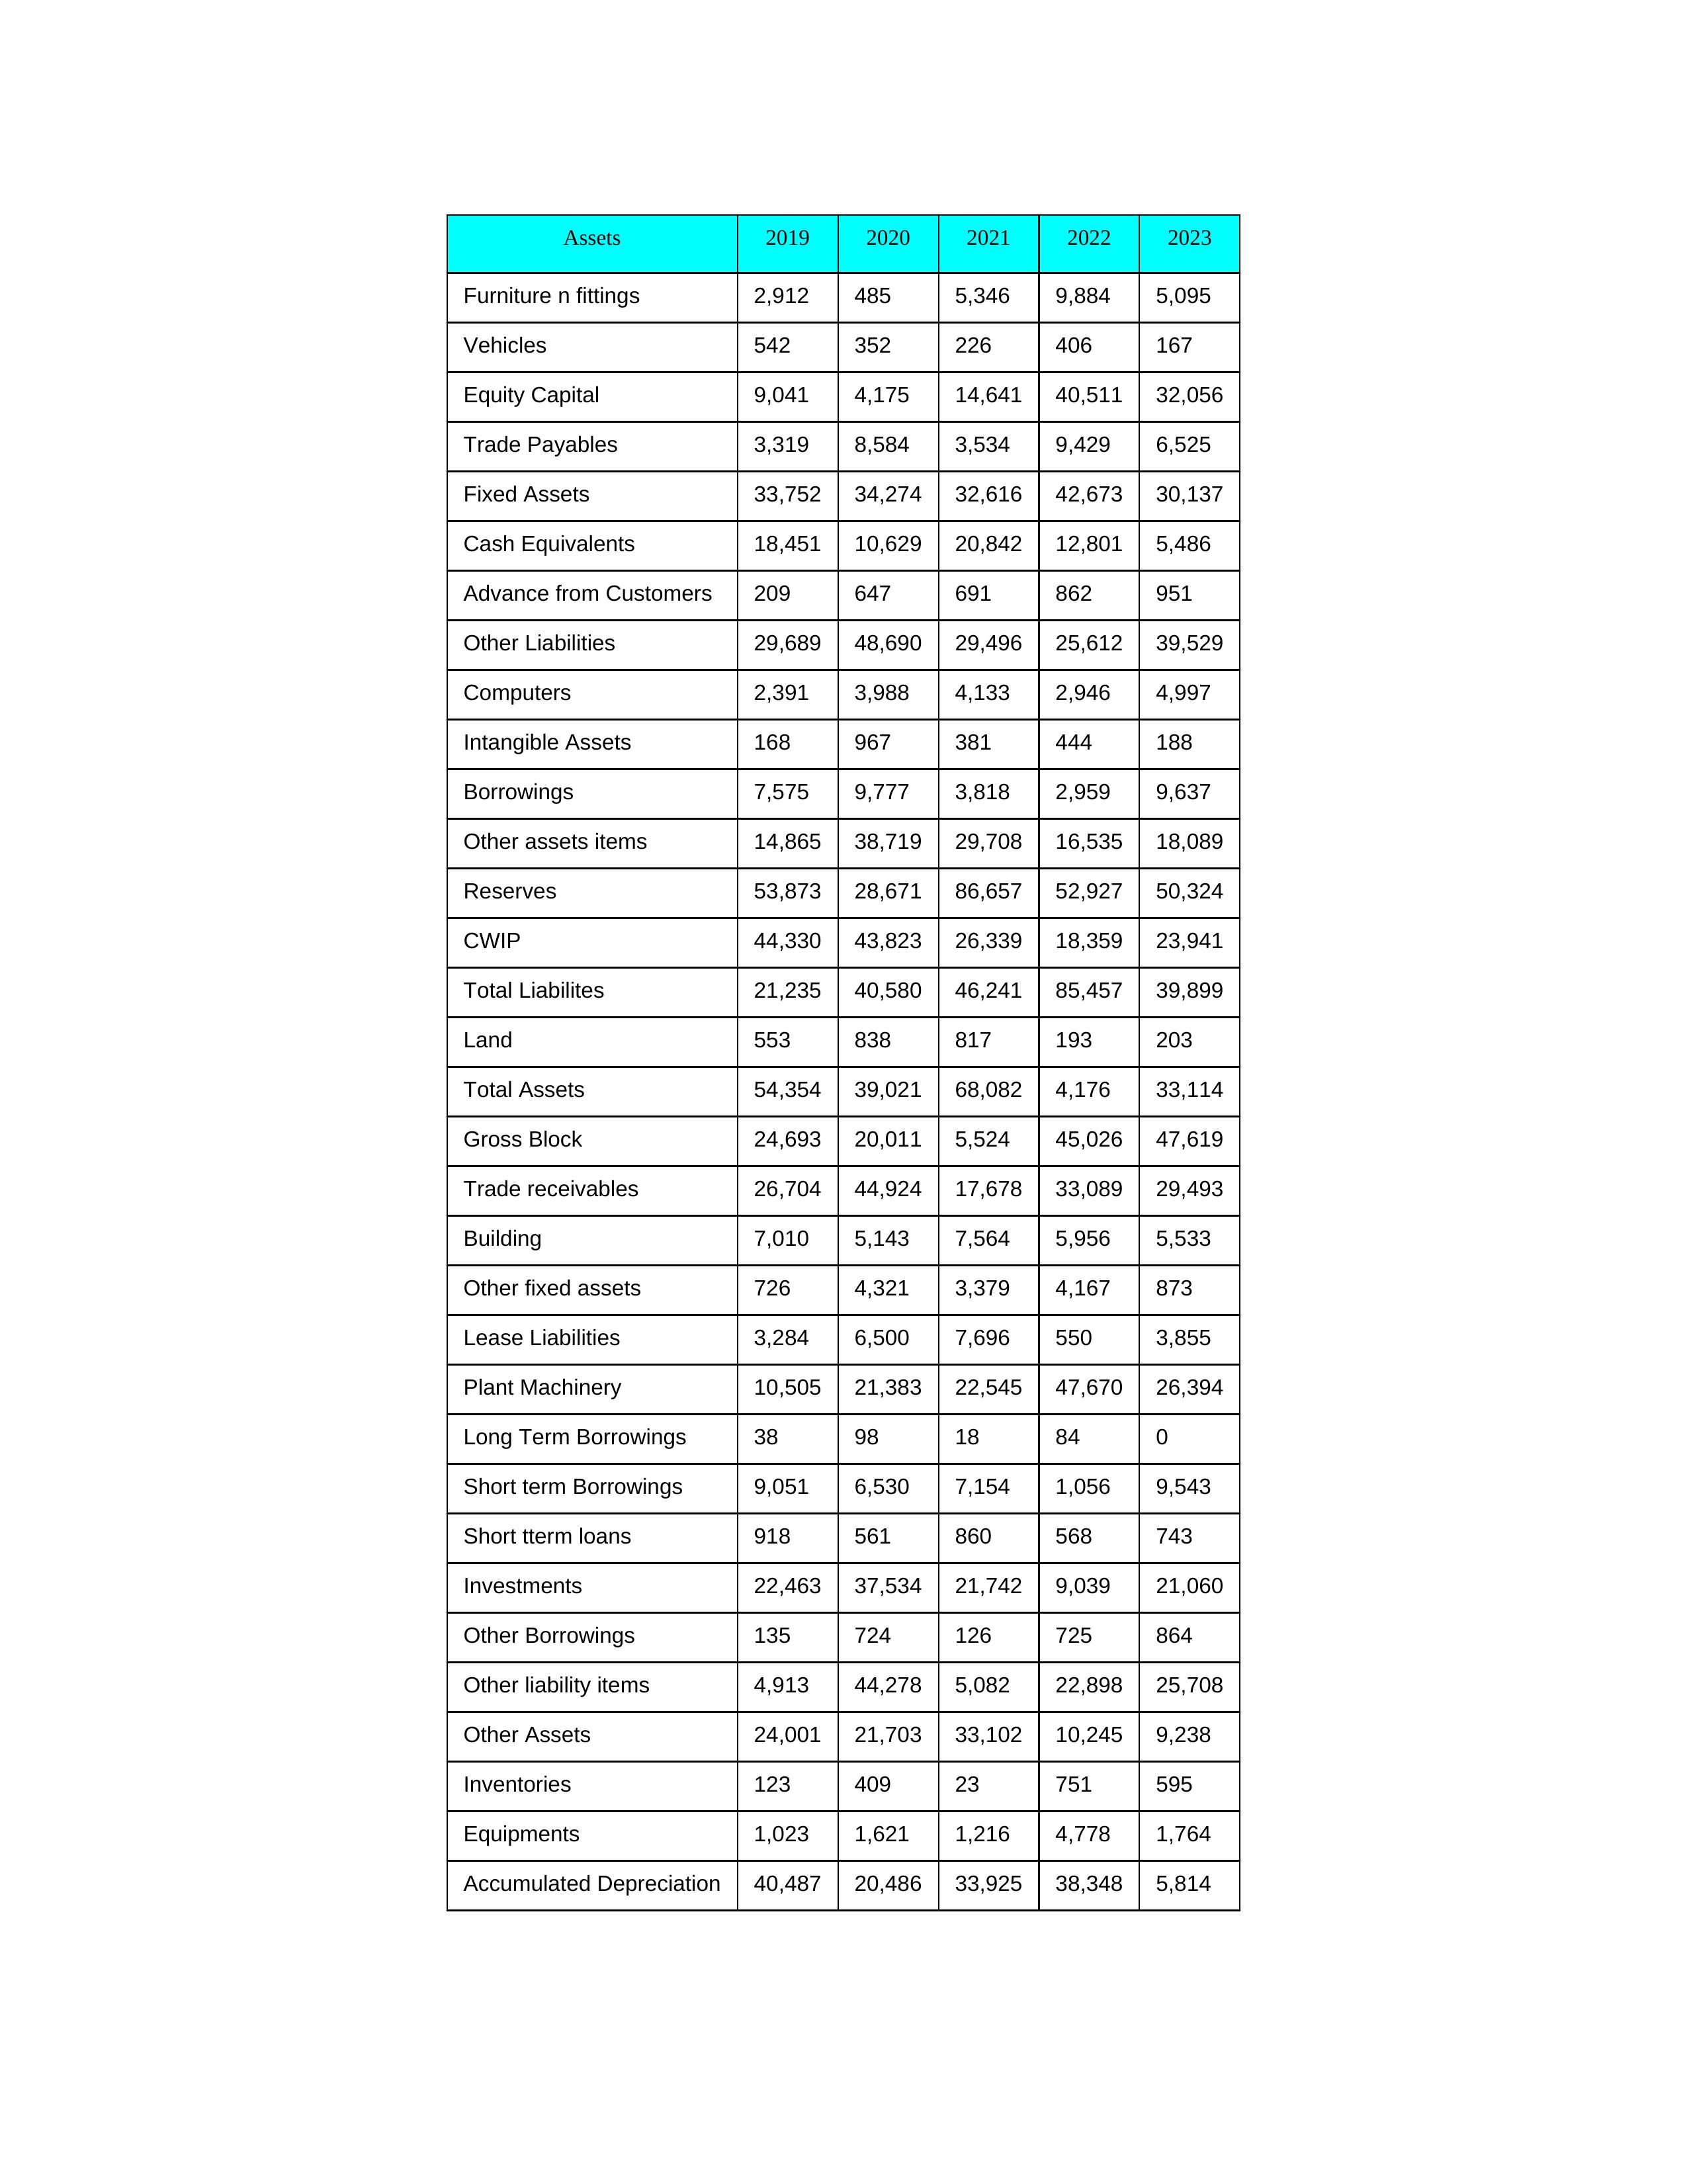
gt_parse: 2019: Equity Capital: 9,041
Reserves: 53,873
Borrowings: 7,575
Long Term Borrowings: 38
Short term Borrowings: 9,051
Lease Liabilities: 3,284
Other Borrowings: 135
Other Liabilities: 29,689
Trade Payables: 3,319
Advance from Customers: 209
Other liability items: 4,913
Total Liabilites: 21,235
Fixed Assets: 33,752
Land: 553
Building: 7,010
Plant Machinery: 10,505
Equipments: 1,023
Computers: 2,391
Furniture n fittings: 2,912
Vehicles: 542
Intangible Assets: 168
Other fixed assets: 726
Gross Block: 24,693
Accumulated Depreciation: 40,487
CWIP: 44,330
Investments: 22,463
Other Assets: 24,001
Inventories: 123
Trade receivables: 26,704
Cash Equivalents: 18,451
Short tterm loans: 918
Other assets items: 14,865
Total Assets: 54,354
2020: Equity Capital: 4,175
Reserves: 28,671
Borrowings: 9,777
Long Term Borrowings: 98
Short term Borrowings: 6,530
Lease Liabilities: 6,500
Other Borrowings: 724
Other Liabilities: 48,690
Trade Payables: 8,584
Advance from Customers: 647
Other liability items: 44,278
Total Liabilites: 40,580
Fixed Assets: 34,274
Land: 838
Building: 5,143
Plant Machinery: 21,383
Equipments: 1,621
Computers: 3,988
Furniture n fittings: 485
Vehicles: 352
Intangible Assets: 967
Other fixed assets: 4,321
Gross Block: 20,011
Accumulated Depreciation: 20,486
CWIP: 43,823
Investments: 37,534
Other Assets: 21,703
Inventories: 409
Trade receivables: 44,924
Cash Equivalents: 10,629
Short tterm loans: 561
Other assets items: 38,719
Total Assets: 39,021
2021: Equity Capital: 14,641
Reserves: 86,657
Borrowings: 3,818
Long Term Borrowings: 18
Short term Borrowings: 7,154
Lease Liabilities: 7,696
Other Borrowings: 126
Other Liabilities: 29,496
Trade Payables: 3,534
Advance from Customers: 691
Other liability items: 5,082
Total Liabilites: 46,241
Fixed Assets: 32,616
Land: 817
Building: 7,564
Plant Machinery: 22,545
Equipments: 1,216
Computers: 4,133
Furniture n fittings: 5,346
Vehicles: 226
Intangible Assets: 381
Other fixed assets: 3,379
Gross Block: 5,524
Accumulated Depreciation: 33,925
CWIP: 26,339
Investments: 21,742
Other Assets: 33,102
Inventories: 23
Trade receivables: 17,678
Cash Equivalents: 20,842
Short tterm loans: 860
Other assets items: 29,708
Total Assets: 68,082
2022: Equity Capital: 40,511
Reserves: 52,927
Borrowings: 2,959
Long Term Borrowings: 84
Short term Borrowings: 1,056
Lease Liabilities: 550
Other Borrowings: 725
Other Liabilities: 25,612
Trade Payables: 9,429
Advance from Customers: 862
Other liability items: 22,898
Total Liabilites: 85,457
Fixed Assets: 42,673
Land: 193
Building: 5,956
Plant Machinery: 47,670
Equipments: 4,778
Computers: 2,946
Furniture n fittings: 9,884
Vehicles: 406
Intangible Assets: 444
Other fixed assets: 4,167
Gross Block: 45,026
Accumulated Depreciation: 38,348
CWIP: 18,359
Investments: 9,039
Other Assets: 10,245
Inventories: 751
Trade receivables: 33,089
Cash Equivalents: 12,801
Short tterm loans: 568
Other assets items: 16,535
Total Assets: 4,176
2023: Equity Capital: 32,056
Reserves: 50,324
Borrowings: 9,637
Long Term Borrowings: 0
Short term Borrowings: 9,543
Lease Liabilities: 3,855
Other Borrowings: 864
Other Liabilities: 39,529
Trade Payables: 6,525
Advance from Customers: 951
Other liability items: 25,708
Total Liabilites: 39,899
Fixed Assets: 30,137
Land: 203
Building: 5,533
Plant Machinery: 26,394
Equipments: 1,764
Computers: 4,997
Furniture n fittings: 5,095
Vehicles: 167
Intangible Assets: 188
Other fixed assets: 873
Gross Block: 47,619
Accumulated Depreciation: 5,814
CWIP: 23,941
Investments: 21,060
Other Assets: 9,238
Inventories: 595
Trade receivables: 29,493
Cash Equivalents: 5,486
Short tterm loans: 743
Other assets items: 18,089
Total Assets: 33,114